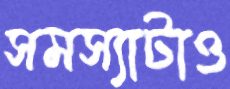
সমস্যাটাও